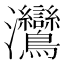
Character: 𬉳